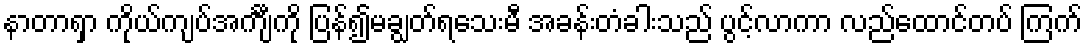
နာတာရှာ ကိုယ်ကျပ်အင်္ကျီကို ပြန်၍မချွတ်ရသေးမီ အခန်းတံခါးသည် ပွင့်လာကာ လည်ထောင်တပ် ကြက်